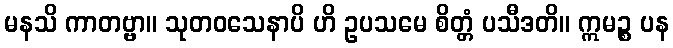
မနသိ ကာတဗ္ဗာ။ သုတဝသေနာပိ ဟိ ဥပသမေ စိတ္တံ ပသီဒတိ။ ဣမဉ္စ ပန